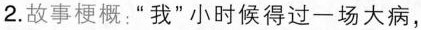
2.故事梗概：”我”小时候得过-场大病，